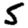
Digit: 5